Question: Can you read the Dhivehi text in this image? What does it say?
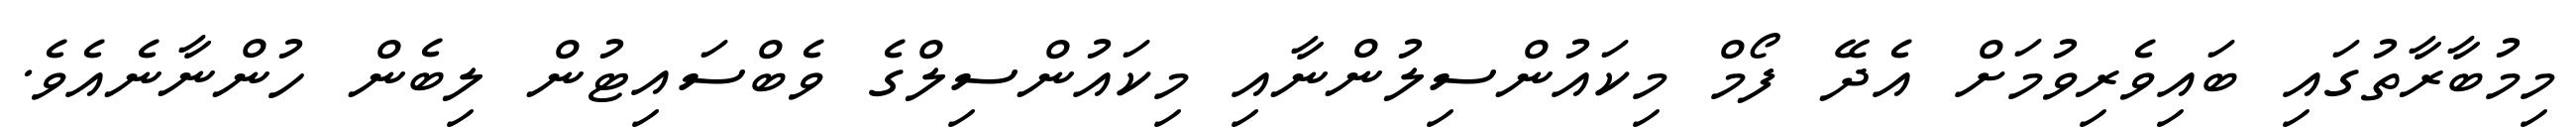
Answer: މިމުބާރާތުގައި ބައިވެރިވުމަށް އެދޭ ފޯމް މިކައުންސިލުންނާއި މިކައުންސިލްގެ ވެބްސައިޓުން ލިބެން ހުންނާނެއެވެ.